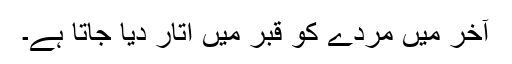
آخر میں مردے کو قبر میں اتار دیا جاتا ہے۔